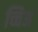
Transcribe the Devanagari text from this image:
च्चिअ